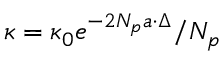
\kappa = \kappa _ { 0 } e ^ { - 2 N _ { p } a \cdot \Delta } / N _ { p }